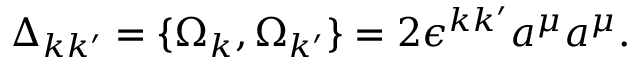
\Delta _ { k k ^ { \prime } } = \{ \Omega _ { k } , \Omega _ { k ^ { \prime } } \} = 2 \epsilon ^ { k k ^ { \prime } } a ^ { \mu } a ^ { \mu } .